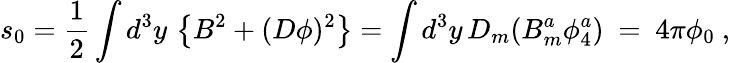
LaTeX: s_{0}=\frac{1}{2}\int d^{3}y\, \left\{ B^{2}+(D\phi)^{2}\right\} =\int d^{3}y\, D_{m}(B_{m}^{a}\phi_{4}^{a})\ =\ 4\pi\phi_{0}\ ,